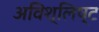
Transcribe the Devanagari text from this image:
अविश्लिष्ट